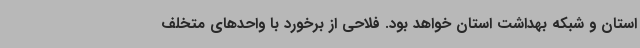
استان و شبکه بهداشت استان خواهد بود. فلاحی از برخورد با واحدهای متخلف